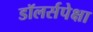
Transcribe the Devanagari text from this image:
डॉलर्सपेक्षा